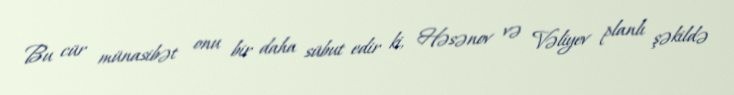
Bu cür münasibət onu bir daha sübut edir ki, Həsənov və Vəliyev planlı şəkildə